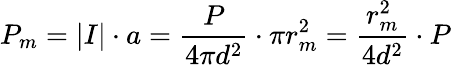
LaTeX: P_{m}=|I|\cdot a=\frac{P}{4\pi d^{2}}\cdot\pi r_{m}^{2}=\frac{r_{m}^{2}}{4d^{2}}\cdot P